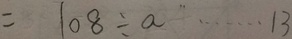
= 1 0 8 \div a \cdots 1 3